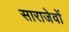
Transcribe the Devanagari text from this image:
साराजेवों